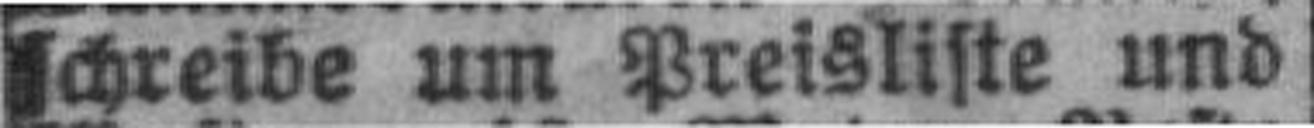
schreibe um Preisliste und